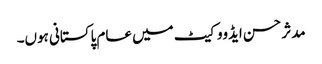
مدثر حسن ایڈووکیٹ میں عام پاکستانی ہوں۔